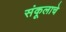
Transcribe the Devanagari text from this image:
संकूलाचे